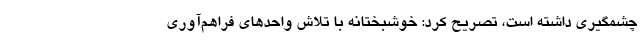
چشمگیری داشته است، تصریح کرد: خوشبختانه با تلاش واحدهای فراهم‌آوری